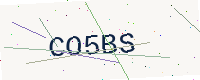
Text: CO5BS